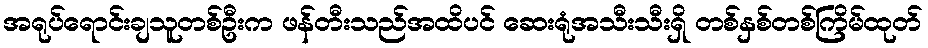
အရုပ်ရောင်းချသူတစ်ဦးက ဖန်တီးသည်အထိပင် ဆေးရုံအသီးသီးရှိ တစ်နှစ်တစ်ကြိမ်ထုတ်